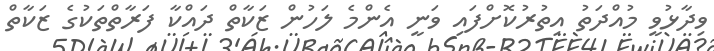
ވިދާޅުވީ މުއްދަތު އިތުރުކޮށްފައި ވަނީ އެންމެ ލަހުން ޒަކާތް ދައްކާ ފަރާތްތަކުގެ ޒަކާތް